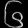
Digit: ၆